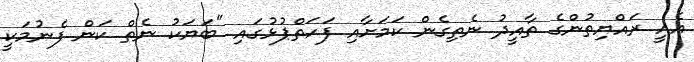
އެއީ ރައްޔިތުންގެ ތާއީދު ނެތިގެން ކަމަށާއި ފަހަތްޕުޅުގައި "ބަޔަކު ނެތް ކަން ފެނުމަކީ